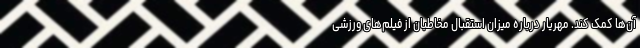
آن‌ها کمک کند. مهریار درباره میزان استقبال مخاطبان از فیلم‌های ورزشی